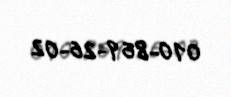
010-869-26-02